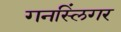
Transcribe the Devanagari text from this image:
गनस्लिंगर